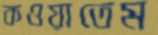
কওয়াতেম